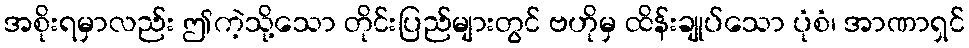
အစိုးရမှာလည်း ဤကဲ့သို့သော တိုင်းပြည်များတွင် ဗဟိုမှ ထိန်းချုပ်သော ပုံစံ၊ အာဏာရှင်